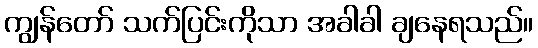
ကျွန်တော် သက်ပြင်းကိုသာ အခါခါ ချနေရသည်။